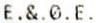
E.&.0.E.